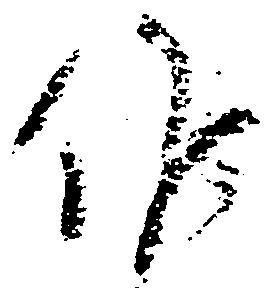
候